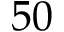
5 0